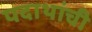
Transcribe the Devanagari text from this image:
पदाथांची